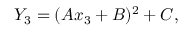
\begin{array} { r } { Y _ { 3 } = ( A x _ { 3 } + B ) ^ { 2 } + C , } \end{array}